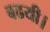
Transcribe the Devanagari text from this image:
बढयी।